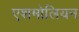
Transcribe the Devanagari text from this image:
एशमोलियन